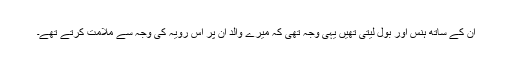
ان کے ساتھ ہنس اور بول لیتی تھیں یہی وجہ تھی کہ میرے والد ان پر اس رویہ کی وجہ سے ملامت کرتے تھے۔